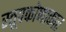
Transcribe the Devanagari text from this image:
स्तूपकोणाकार